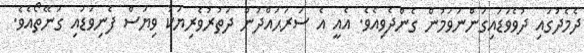
ދެމެދުގައި ދުވެވަޑައިގަންނަވަމުން ގެންދެވިއެވެ. އެއީ އެ ސަރަޙައްދުން ދަތުރުވެރިޔަކު ވިޔަސް ފެނިވަޑައި ގަނޭތޯއެވެ.